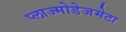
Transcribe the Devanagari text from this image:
प्लाज्मोडेजमेटा